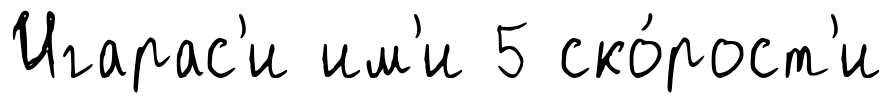
Игарас'и им'и 5 ско́рост'и